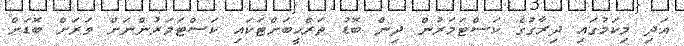
އަދި މިކަމުގައި ދިރާގުގެ ކަސްޓަމަރުން ދިން ބޮޑު ތަރްޙީބަށްޓަކައި ކަސްޓަމަރުންނަށް ވަރަށް ބޮޑަށް